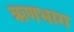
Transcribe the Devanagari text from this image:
ऋणभाग